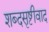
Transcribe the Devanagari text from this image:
शब्दसृष्टीवाद